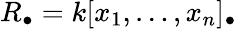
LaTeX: R_{\bullet}=k[x_{1},\ldots,x_{n}]_{\bullet}